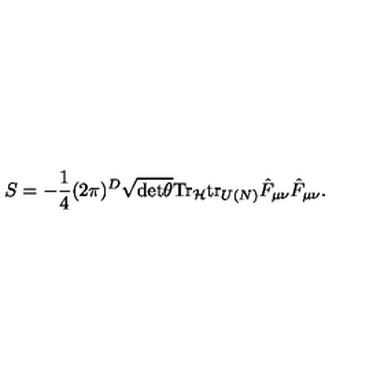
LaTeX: S = - \frac { 1 } { 4 } ( 2 \pi ) ^ { D } \sqrt { \mathrm { d e t } \theta } \mathrm { T r } _ { \mathcal { H } } \mathrm { t r } _ { U ( N ) } \hat { F } _ { \mu \nu } \hat { F } _ { \mu \nu } .